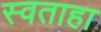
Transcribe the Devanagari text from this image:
स्वताहा